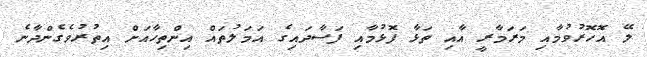
ލޭ އޮހޮރުވުމާއި މަރަމާރީ އާއި ތަޅާ ފޮޅުމާއި ފަސާދައިގެ އަމަލުތައް އިންތިހާއަށް އިތުރުވެގެންދާނެ